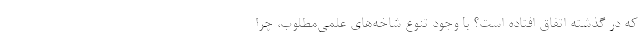
که در گذشته اتفاق افتاده است؟ با وجود تنوع شاخه‌های علمی‌مطلوب، چرا